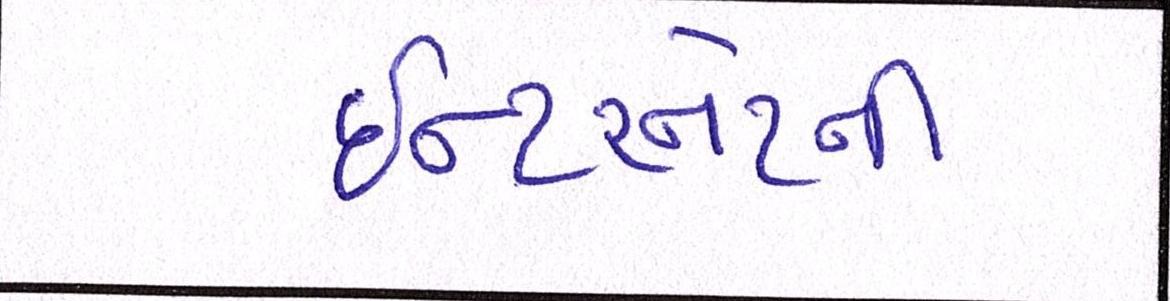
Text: ઈન્ટરનેટની